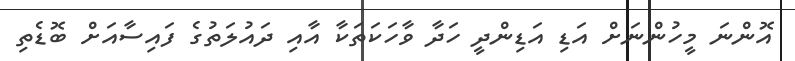
އޮންނަ މީހުންނަށް އަޑި އަޑިންދީ ހަދާ ވާހަކަތަކާ އާއި ދައުލަތުގެ ފައިސާއަށް ބޮޑެތި